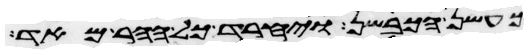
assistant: כעשן הכבשן ויחרד כל ההר מאד